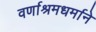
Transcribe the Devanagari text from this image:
वर्णाश्रमधर्माने